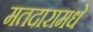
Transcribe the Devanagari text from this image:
मतदारामधे